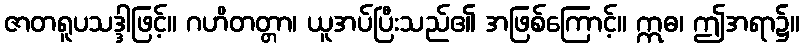
ဇာတရူပသဒ္ဒါဖြင့်။ ဂဟိတတ္တာ၊ ယူအပ်ပြီးသည်၏ အဖြစ်ကြောင့်။ ဣဓ၊ ဤအရာ၌။